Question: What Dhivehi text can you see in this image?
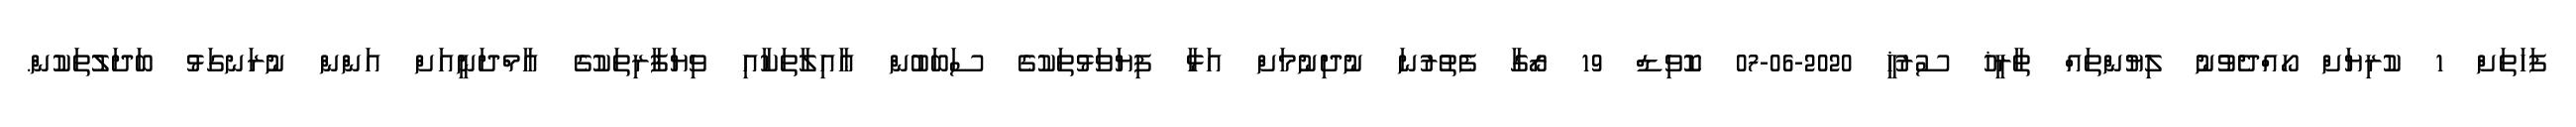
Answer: ފަހަތަށް 1 ކުރިޔަށް ހޯއްދެވުނު ލިޔުންތައް ތާރީޚު ސުރުޚީ 2020-06-07 ކޮވިޑް 19 ރޯގާ ފެތުރުނަ ނުދިނުމަށް އަޅާ ފިޔަވަޅުތަކުގެ ސަބަބުން ޢާއިލާތަކާއި ވިޔަފާރިތަކުގެ އާމްދަނީއަށް އަންން ނުރަނގަޅު ބަދަލުތަކުން.